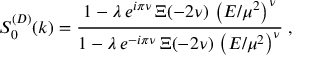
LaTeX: S _ { 0 } ^ { ( D ) } ( k ) = \frac { 1 - \lambda \, e ^ { i \pi \nu } \, \Xi ( - 2 \nu ) \, \left( E / \mu ^ { 2 } \right) ^ { \nu } } { 1 - \lambda \, e ^ { - i \pi \nu } \, \Xi ( - 2 \nu ) \, \left( E / \mu ^ { 2 } \right) ^ { \nu } } \; ,